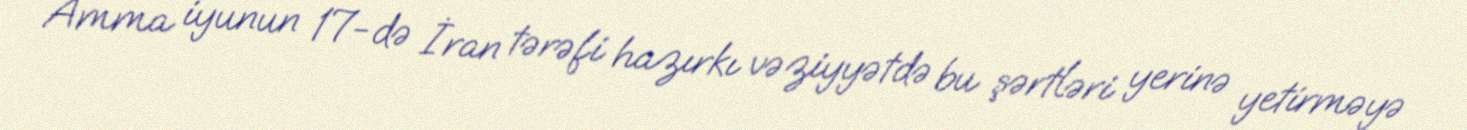
Amma iyunun 17-də İran tərəfi hazırkı vəziyyətdə bu şərtləri yerinə yetirməyə